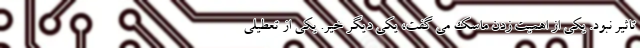
تاثیر نبود. یکی از اهمیت زدن ماسک می گفت، یکی دیگر خیر. یکی از تعطیلی